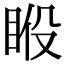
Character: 𥆉